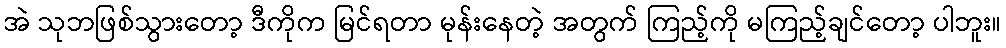
အဲ သုဘဖြစ်သွားတော့ ဒီကိုက မြင်ရတာ မုန်းနေတဲ့ အတွက် ကြည့်ကို မကြည့်ချင်တော့ ပါဘူး။